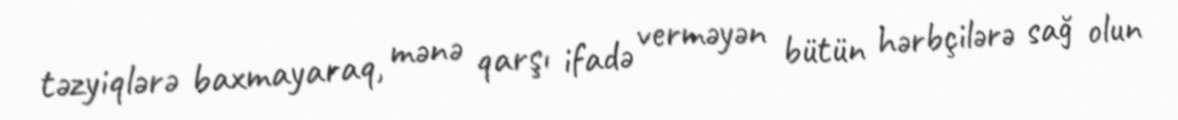
təzyiqlərə baxmayaraq, mənə qarşı ifadə verməyən bütün hərbçilərə sağ olun